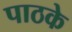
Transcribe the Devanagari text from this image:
पाठके